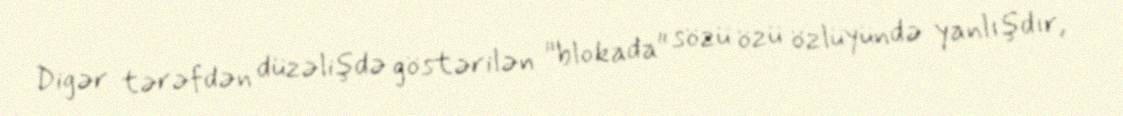
Digər tərəfdən düzəlişdə göstərilən "blokada" sözü özü özlüyündə yanlışdır,